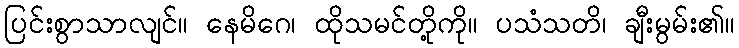
ပြင်းစွာသာလျင်။ နေမိဂေ၊ ထိုသမင်တို့ကို။ ပသံသတိ၊ ချီးမွမ်း၏။